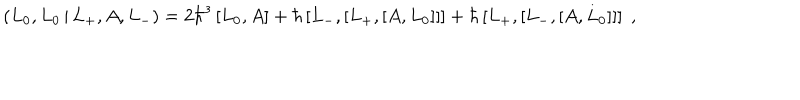
LaTeX: \left( L _ { 0 } , L _ { 0 } \, | \, L _ { + } , A , L _ { - } \right) = 2 \hbar ^ { 3 } \left[ L _ { 0 } , A \right] + \hbar \left[ L _ { - } , \left[ L _ { + } , \left[ A , L _ { 0 } \right] \right] \right] + \hbar \left[ L _ { + } , \left[ L _ { - } , \left[ A , L _ { 0 } \right] \right] \right] \; ,